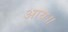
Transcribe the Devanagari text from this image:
आय॥